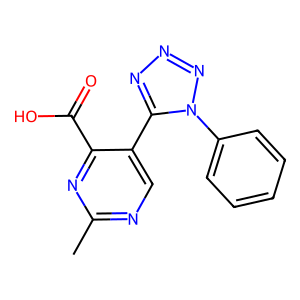
SMILES: Cc1ncc(-c2nnnn2-c2ccccc2)c(C(=O)O)n1
Inhibits HIV replication: No